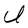
Character: U